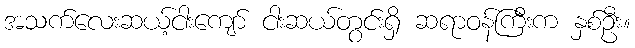
အသက်လေးဆယ့်ငါးကျော် ငါးဆယ်တွင်းရှိ ဆရာဝန်ကြီးက နှစ်ဦး။